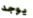
يوجد